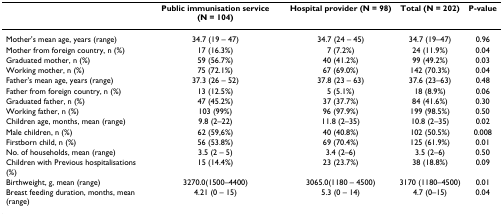
|  | Public immunisation service (N = 104) | Hospital provider (N = 98) | Total (N = 202) | P-value |
 | --- | --- | --- | --- | --- |
 | Mother's mean age, years (range) | 34.7 (19 – 47) | 34.7 (24 – 45) | 34.7 (19–47) | 0.96 |
 | Mother from foreign country, n (%) | 17 (16.3%) | 7 (7.2%) | 24 (11.9%) | 0.04 |
 | Graduated mother, n (%) | 59 (56.7%) | 40 (41.2%) | 99 (49.2%) | 0.03 |
 | Working mother, n (%) | 75 (72.1%) | 67 (69.0%) | 142 (70.3%) | 0.04 |
 | Father's mean age, years (range) | 37.3 (26 – 52) | 37.8 (23 – 63) | 37.6 (23–63) | 0.48 |
 | Father from foreign country, n (%) | 13 (12.5%) | 5 (5.1%) | 18 (8.9%) | 0.06 |
 | Graduated father, n (%) | 47 (45.2%) | 37 (37.7%) | 84 (41.6%) | 0.30 |
 | Working father, n (%) | 103 (99%) | 96 (97.9%) | 199 (98.5%) | 0.50 |
 | Children age, months, mean (range) | 9.8 (2–22) | 11.8 (2–35) | 10.8 (2–35) | 0.02 |
 | Male children, n (%) | 62 (59,6%) | 40 (40.8%) | 102 (50.5%) | 0.008 |
 | Firstborn child, n (%) | 56 (53.8%) | 69 (70.4%) | 125 (61.9%) | 0.01 |
 | No. of households, mean (range) | 3.5 (2 – 5) | 3.4 (2–6) | 3.5 (2–6) | 0.50 |
 | Children with Previous hospitalisations (%) | 15 (14.4%) | 23 (23.7%) | 38 (18.8%) | 0.09 |
 | Birthweight, g, mean (range) | 3270.0(1500–4400) | 3065.0(1180 – 4500) | 3170 (1180–4500) | 0.01 |
 | Breast feeding duration, months, mean (range) | 4.21 (0 – 15) | 5.3 (0 – 14) | 4.7 (0–15) | 0.04 |